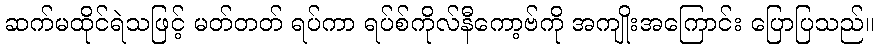
ဆက်မထိုင်ရဲသဖြင့် မတ်တတ် ရပ်ကာ ရပ်စ်ကိုလ်နီကော့ဗ်ကို အကျိုးအကြောင်း ပြောပြသည်။